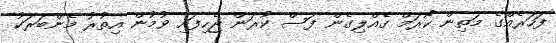
ފަހަރެއްގެ މަތިން ކޯރަމް ގެއްލިގެން ފަސް ކުރަން ޖެހިފައި ވުމުން އިތުރު މެންބަރަކު